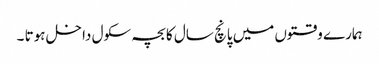
ہمارے وقتوں میں پانچ سال کا بچہ سکول داخل ہوتا ۔